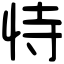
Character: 恃